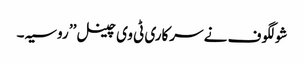
شولگوف نے سرکاری ٹی وی چینل ’’ روسیہ ۔